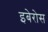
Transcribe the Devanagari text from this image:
इबेरोस